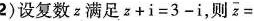
2)设复数z满足$$ z + i=3 - i $$,则 $$ \overline{z}= $$